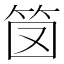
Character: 笝